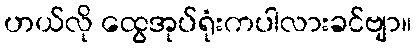
ဟယ်လို ထွေအုပ်ရုံးကပါလားခင်ဗျာ။